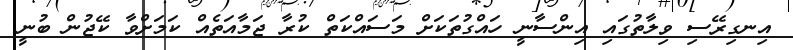
އިނގިރޭސި ވިލާތުގައި އިންސާނީ ހައްގުތަކަށް މަސައްކަތް ކުރާ ޖަމާއަތެއް ކަމަށްވާ ކޭޖުން ބުނީ